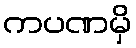
ကပဏမှိ